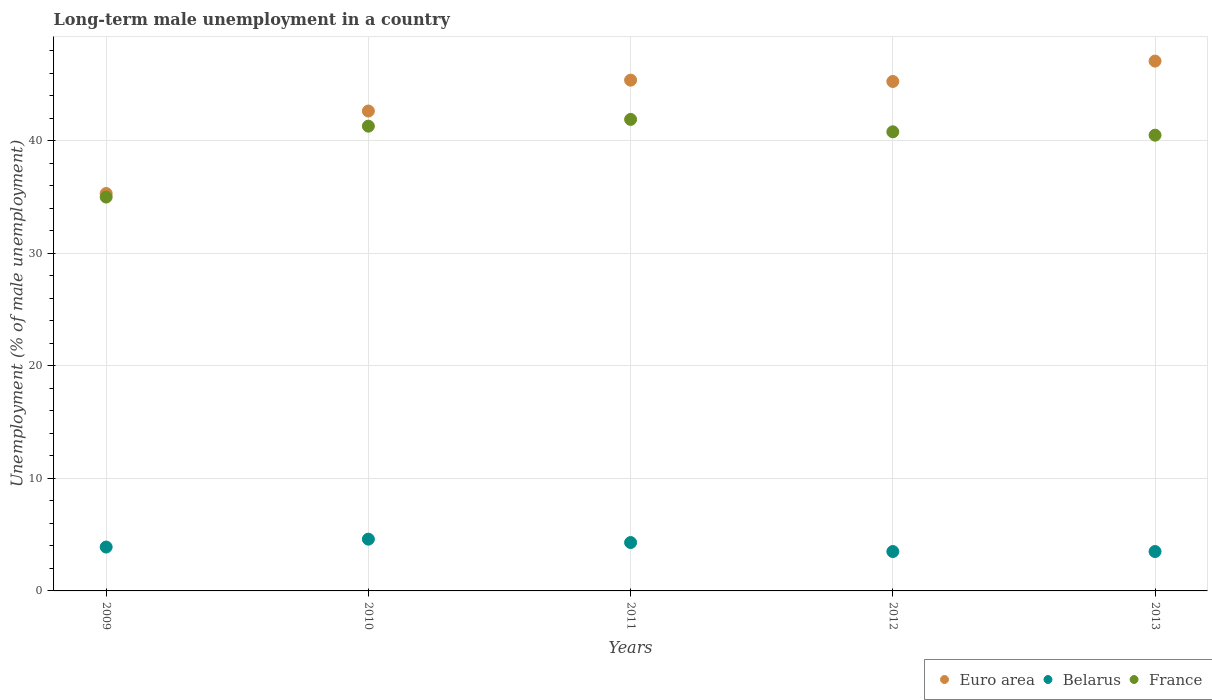
| Years | Euro area | Belarus | France |
 | --- | --- | --- | --- |
 | 2009 | 35.3 | 3.9 | 35 |
 | 2010 | 42.6 | 4.6 | 41.3 |
 | 2011 | 45.4 | 4.3 | 41.9 |
 | 2012 | 45.3 | 3.5 | 40.8 |
 | 2013 | 47.1 | 3.5 | 40.5 |